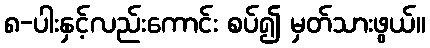
၈-ပါးနှင့်လည်းကောင်း စပ်၍ မှတ်သားဖွယ်။